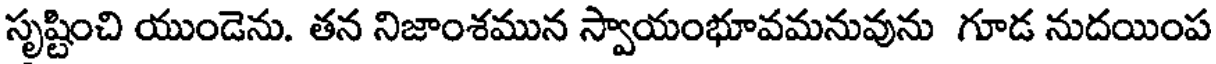
సృష్టించి యుండెను. తన నిజాంశమున స్వాయంభూవమనువును గూడ నుదయింప